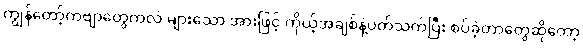
ကျွန်တော့်ကဗျာတွေကလဲ များသော အားဖြင့် ကိုယ့်အချစ်နဲ့ပတ်သက်ပြီး စပ်ခဲ့တာတွေဆိုတော့